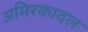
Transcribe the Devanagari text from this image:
अमिरकादल